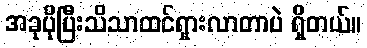
အခုပိုပြီးသိသာထင်ရှားလာတာပဲ ရှိတယ်။